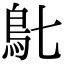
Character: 𩾙